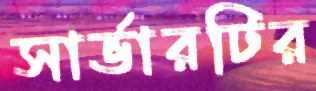
সার্ভারটির